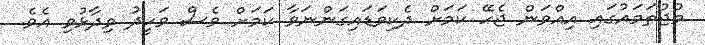
މުޖުތަމައުގައި އިއްވަން ޖެހޭ ކަމަށް ދެކިވަޑައިގަންނަވާ ކަމަށް ވެސް ވަހީދު ވިދާޅުވި އެވެ.